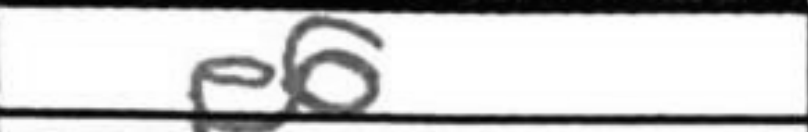
Transcription: e6